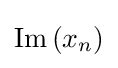
\operatorname {Im} {\left(x_{n}\right)}